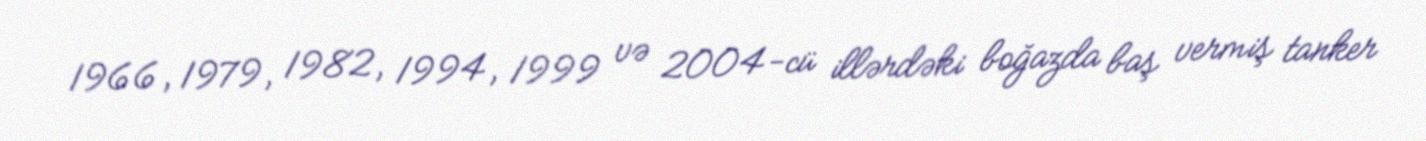
1966, 1979, 1982, 1994, 1999 və 2004-cü illərdəki boğazda baş vermiş tanker